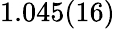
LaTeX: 1.045(16)